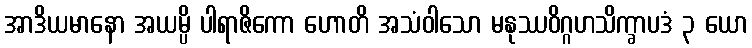
အာဒိယမာနော အယမ္ပိ ပါရာဇိကော ဟောတိ အသံဝါသော မနုဿဝိဂ္ဂဟသိက္ခာပဒံ ၃ ယော